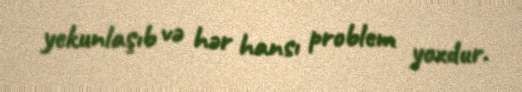
yekunlaşıb və hər hansı problem yoxdur.